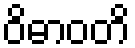
ဝိဓာဝတိ